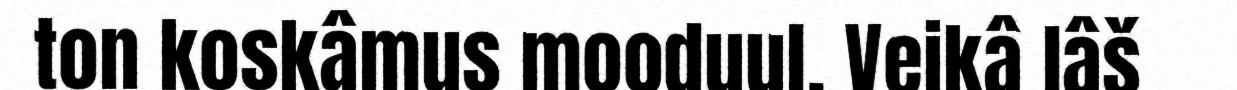
ton koskâmus mooduul. Veikâ lâš